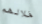
خلالهم